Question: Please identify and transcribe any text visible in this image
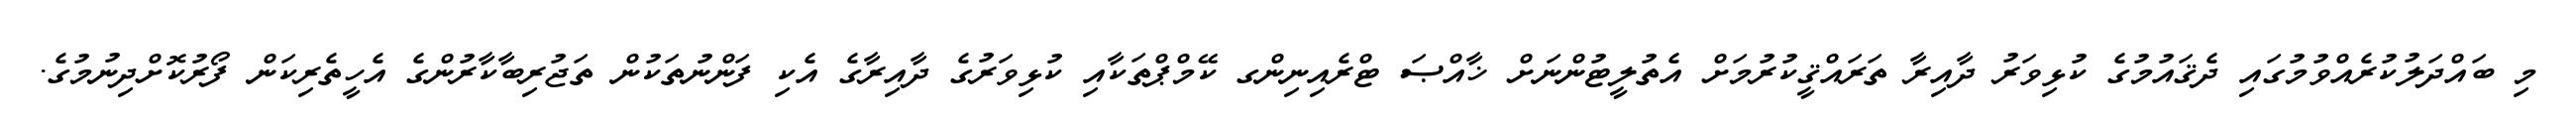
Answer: މި ބައްދަލުކުރެއްވުމުގައި ދެޤައުމުގެ ކުޅިވަރު ދާއިރާ ތަރައްޤީކުރުމަށް އެތުލީޓުންނަށް ޚާއްޞަ ޓްރެއިނިންގ ކޭމްޕްތަކާއި ކުޅިވަރުގެ ދާއިރާގެ އެކި ފަންނުތަކުން ތަޖުރިބާކާރުންގެ އެހީތެރިކަން ފޯރުކޮށްދިނުމުގެ.